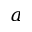
a